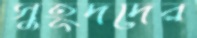
সুহূদদের